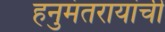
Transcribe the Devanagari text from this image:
हनुमंतरायांची